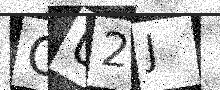
Text: GU2J